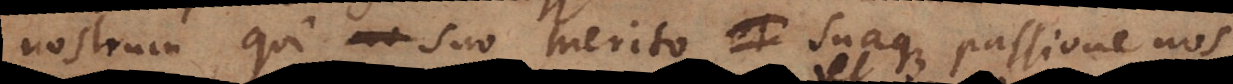
nostrum, qui suo merito suaque passione nos